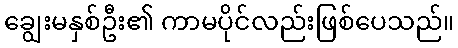
ချွေးမနှစ်ဦး၏ ကာမပိုင်လည်းဖြစ်ပေသည်။